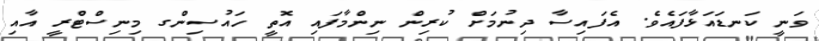
ވަނީ ކަނޑައަޅާފައެވެ. އެފައިސާ ދިނުމަށް ކުރިން ނިންމާފައި އޮތީ ހައުސިންގ މިނިސްޓްރީ އާއި